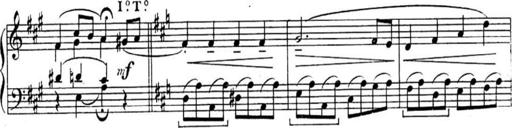
Title: Sonatines
Composer: Hedwige ChrÃ©tien